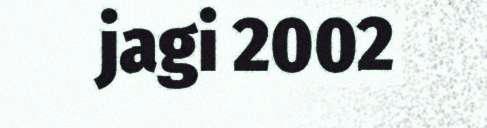
jagi 2002